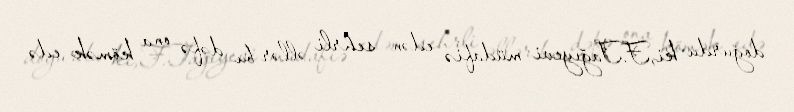
doğurdu ki,F.Tağıyevi müdafiə edən sehrli əllər bu dəfə ona kömək edə